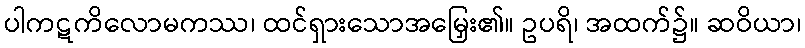
ပါကဋကိလောမကဿ၊ ထင်ရှားသောအမြှေး၏။ ဥပရိ၊ အထက်၌။ ဆဝိယာ၊